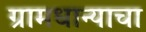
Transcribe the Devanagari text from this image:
ग्रामधान्याचा